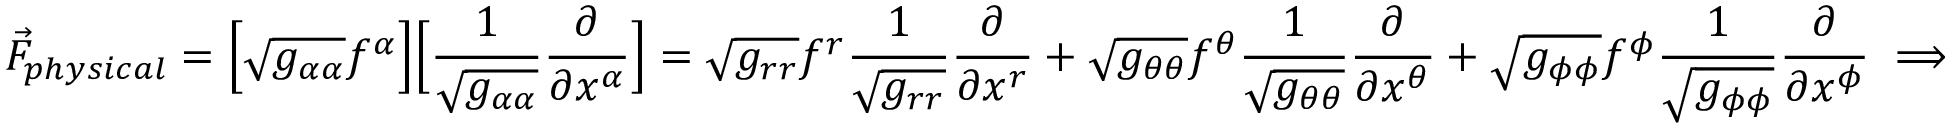
\vec { F } _ { p h y s i c a l } = \Big [ \sqrt { g _ { \alpha \alpha } } f ^ { \alpha } \Big ] \Big [ \frac { 1 } { \sqrt { g _ { \alpha \alpha } } } \frac { \partial } { \partial x ^ { \alpha } } \Big ] = \sqrt { g _ { r r } } f ^ { r } \frac { 1 } { \sqrt { g _ { r r } } } \frac { \partial } { \partial x ^ { r } } + \sqrt { g _ { \theta \theta } } f ^ { \theta } \frac { 1 } { \sqrt { g _ { \theta \theta } } } \frac { \partial } { \partial x ^ { \theta } } + \sqrt { g _ { \phi \phi } } f ^ { \phi } \frac { 1 } { \sqrt { g _ { \phi \phi } } } \frac { \partial } { \partial x ^ { \phi } } \implies